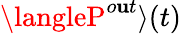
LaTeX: \langleP^{o\mathbf{u}t}\rangle(t)